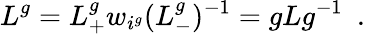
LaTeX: L^{g}=L_{+}^{g}w_{i^{g}}(L_{-}^{g})^{-1}=gLg^{-1}\ \ .